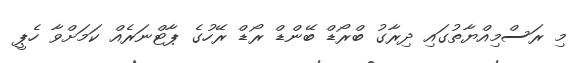
މި ރަސްމިއްޔާތުގައި ދިރާގު ބްރޯޑް ބޭންޑް ރޯޑް ރޭހުގެ ޕާޓްނަރެއް ކަމަށްވާ ހެޕީ